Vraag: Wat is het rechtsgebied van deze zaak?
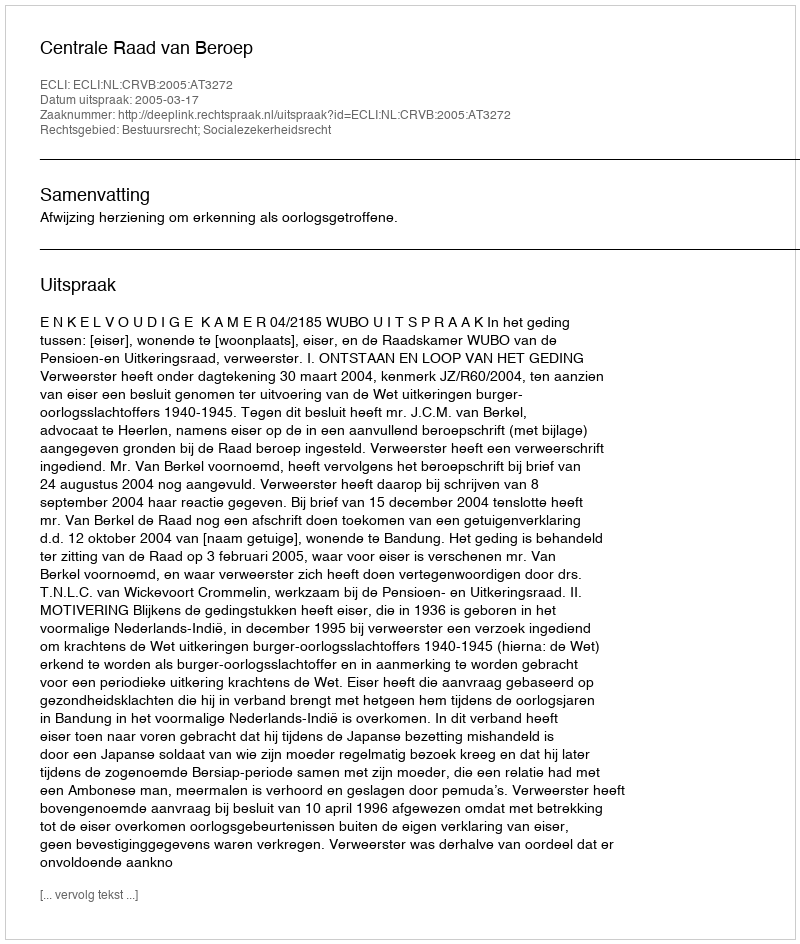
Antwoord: Bestuursrecht; Socialezekerheidsrecht